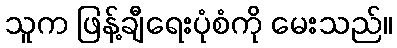
သူက ဖြန့်ချီရေးပုံစံကို မေးသည်။